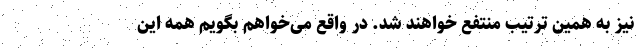
نیز به همین ترتیب منتفع خواهند شد. در واقع می‌خواهم بگویم همه این